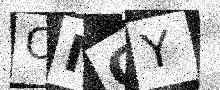
Text: OMCY